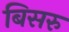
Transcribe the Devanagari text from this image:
बिसरु